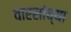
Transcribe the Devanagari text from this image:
वारसांच्या